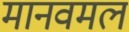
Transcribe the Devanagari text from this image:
मानवमल